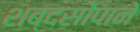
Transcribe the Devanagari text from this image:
शब्दसोपाने